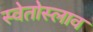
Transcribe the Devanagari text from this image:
स्वेतोस्लाव